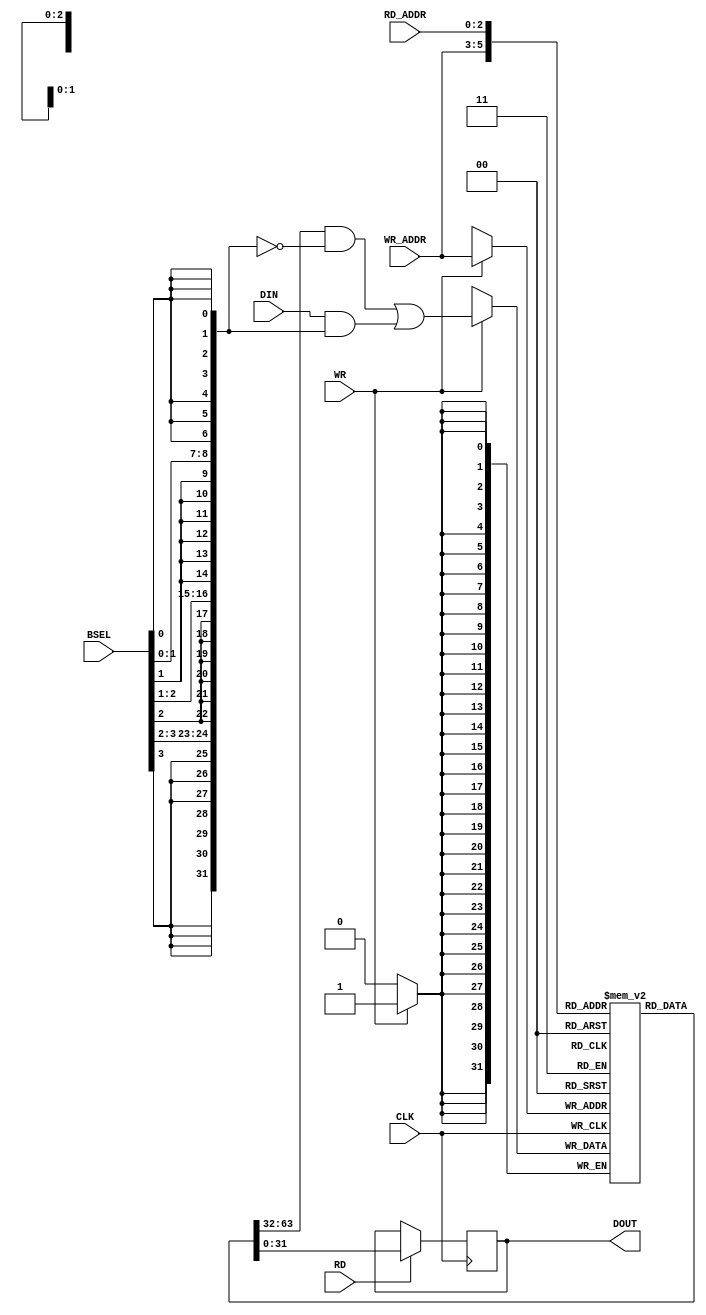
/////////////////////////////////////////////////////////////////////
////                                                             ////
////          eyal@provartec.com                                 ////
////                                                             ////
////  Downloaded from: http://www.opencores.org                  ////
/////////////////////////////////////////////////////////////////////
////                                                             ////
//// Copyright (C) 2010 Provartec LTD                            ////
//// www.provartec.com                                           ////
//// info@provartec.com                                          ////
////                                                             ////
//// This source file may be used and distributed without        ////
//// restriction provided that this copyright statement is not   ////
//// removed from the file and that any derivative work contains ////
//// the original copyright notice and the associated disclaimer.////
////                                                             ////
//// This source file is free software; you can redistribute it  ////
//// and/or modify it under the terms of the GNU Lesser General  ////
//// Public License as published by the Free Software Foundation.////
////                                                             ////
//// This source is distributed in the hope that it will be      ////
//// useful, but WITHOUT ANY WARRANTY; without even the implied  ////
//// warranty of MERCHANTABILITY or FITNESS FOR A PARTICULAR     ////
//// PURPOSE.  See the GNU Lesser General Public License for more////
//// details. http://www.gnu.org/licenses/lgpl.html              ////
////                                                             ////
/////////////////////////////////////////////////////////////////////
//---------------------------------------------------------
//-- File generated by RobustVerilog parser
//-- Version: 1.0
//-- Invoked Fri Mar 25 23:31:25 2011
//--
//-- Source file: dma_ch_fifo.v
//---------------------------------------------------------


  
module dma_ahb32_core0_ch_fifo (CLK,WR,RD,WR_ADDR,RD_ADDR,DIN,BSEL,DOUT);

   
   input                      CLK;
   
   input               WR;
   input               RD;
   input [5-2-1:0] WR_ADDR;
   input [5-2-1:0] RD_ADDR;
   input [32-1:0]      DIN;
   input [4-1:0]      BSEL;
   output [32-1:0]     DOUT;
   
   
   reg [32-1:0]           Mem [8-1:0];
   wire [32-1:0]       BitSEL;
   wire [32-1:0]       DIN_BitSEL;
   reg [32-1:0]           DOUT;
   
     assign               BitSEL = {{8{BSEL[3]}} , {8{BSEL[2]}} , {8{BSEL[1]}} , {8{BSEL[0]}}};

   
   assign               DIN_BitSEL = (Mem[WR_ADDR] & ~BitSEL) | (DIN & BitSEL);
   
   always @(posedge CLK)
     if (WR)
       Mem[WR_ADDR] <= #1 DIN_BitSEL;

   
   always @(posedge CLK)
     if (RD)
       DOUT <= #1 Mem[RD_ADDR];

   
endmodule